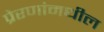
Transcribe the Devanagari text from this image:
प्रेरणांमधील